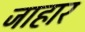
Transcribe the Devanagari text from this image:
जाहार